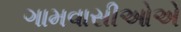
ગામવાસીઓએ